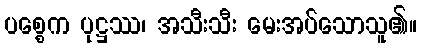
ပစ္စေက ပုဋ္ဌဿ၊ အသီးသီး မေးအပ်သောသူ၏။